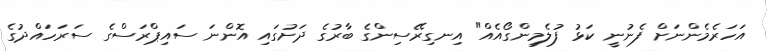
އަހަރެމެންނަށް ފެނުނީ ކަޅު ފުލެމިންގޯއެއް" އިނގިރޭސިންގެ ބާރުގެ ދަށުގައި އޮންނަ ސައިޕްރަސްގެ ސަރަހައްދުގެ